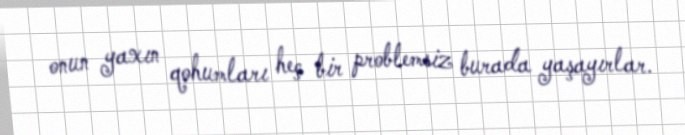
onun yaxın qohumları heç bir problemsiz burada yaşayırlar.